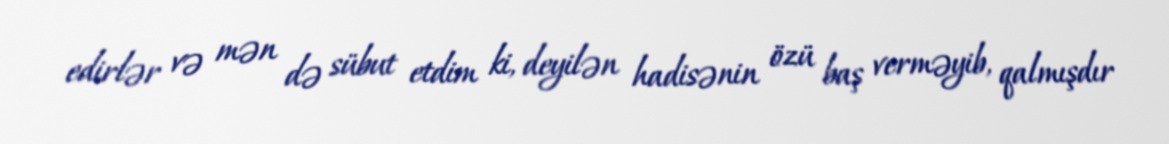
edirlər və mən də sübut etdim ki, deyilən hadisənin özü baş verməyib, qalmışdır